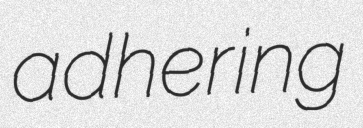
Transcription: adhering